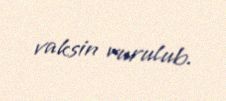
vaksin vurulub.